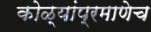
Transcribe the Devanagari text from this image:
कोळ्यांप्रमाणेच